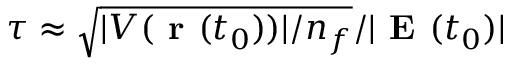
\tau \approx \sqrt { | V ( { \textbf { r } } ( t _ { 0 } ) ) | / n _ { f } } / | \textbf { E } ( t _ { 0 } ) |